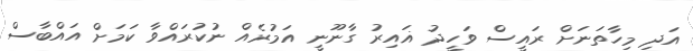
އަދި މިހާތަނަށް ރައީސް ވަހީދު ޣައިރު ގާނޫނީ އަމުރެއް ނުކުރައްވާ ކަމަށް އައްބާސް